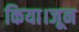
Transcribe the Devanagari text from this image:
किया।जून